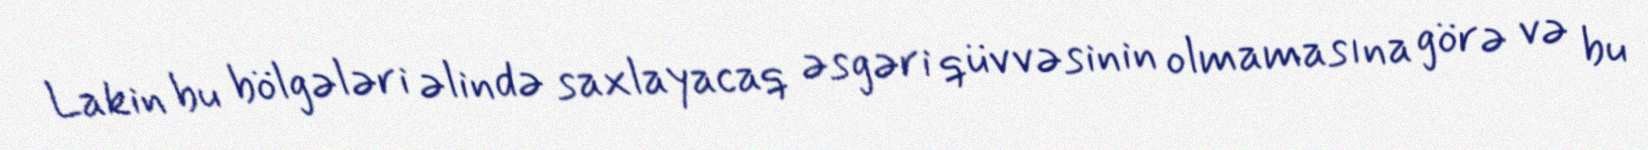
Lakin bu bölgələri əlində saxlayacaq əsgəri qüvvəsinin olmamasına görə və bu